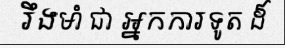
រឹងមាំ ជា អ្នកការទូត ដ៏